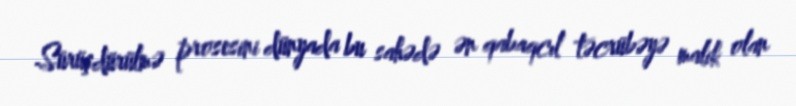
Sürüşdürülmə prosesini dünyada bu sahədə ən qabaqcıl təcrübəyə malik olan